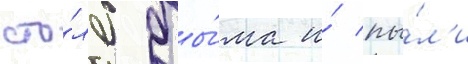
сто́лб ды́ма и́ пы́л'и